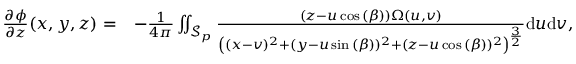
\begin{array} { r l } { \frac { \partial \phi } { \partial z } ( x , y , z ) = } & { - \frac { 1 } { 4 \pi } \iint _ { \mathcal { S } _ { p } } \frac { ( z - u \cos { ( \beta ) } ) \Omega ( u , v ) } { \left( ( x - v ) ^ { 2 } + ( y - u \sin { ( \beta ) } ) ^ { 2 } + ( z - u \cos { ( \beta ) } ) ^ { 2 } \right) ^ { \frac { 3 } { 2 } } } \mathrm { d } u \mathrm { d } v , } \end{array}